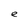
Character: e